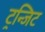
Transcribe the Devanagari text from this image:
ट्रन्जिट